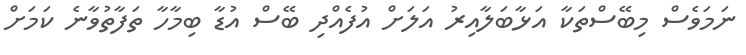
ނަމަވެސް މިބޭސްތަކާ އަޅާބަލާއިރު އަލަށް އުފެއްދި ބޭސް އުޑާ ބިމާހާ ތަފާތުވާނެ ކަމަށް